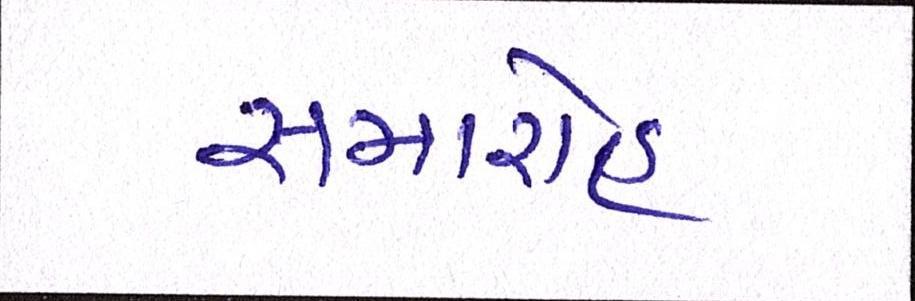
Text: સમારોહ